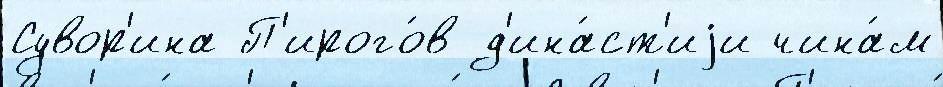
Сувор'ина П'ирого́в д'ина́ст'иjи чина́м